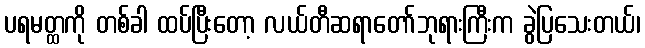
ပရမတ္ထကို တစ်ခါ ထပ်ပြီးတော့ လယ်တီဆရာတော်ဘုရားကြီးက ခွဲပြသေးတယ်၊